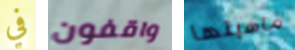
في واقفون ماهيتها